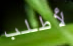
لأطلب